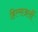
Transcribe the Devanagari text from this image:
हिल्सअर्ली